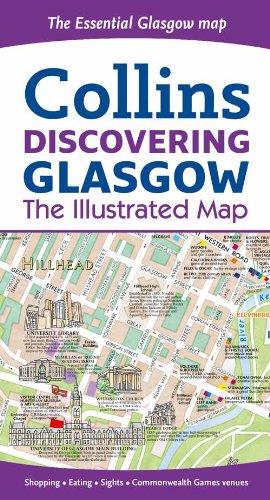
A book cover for Discovering Glasgow: The Illustrated Map Collins (Collins Travel Guides); Dominic Beddow; Travel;